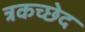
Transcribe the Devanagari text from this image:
त्रकच्छेद